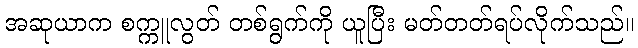
အဆုယာက စက္ကူလွတ် တစ်ရွက်ကို ယူပြီး မတ်တတ်ရပ်လိုက်သည်။